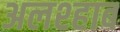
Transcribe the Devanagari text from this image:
अलश्हाब